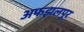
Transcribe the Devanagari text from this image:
अफझलपूर